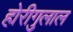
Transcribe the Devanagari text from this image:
होरीगुलाल